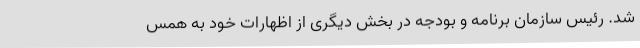
شد. رئیس سازمان برنامه و بودجه در بخش دیگری از اظهارات خود به همس